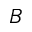
B